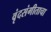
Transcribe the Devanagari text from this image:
वृंदसंगीताचा